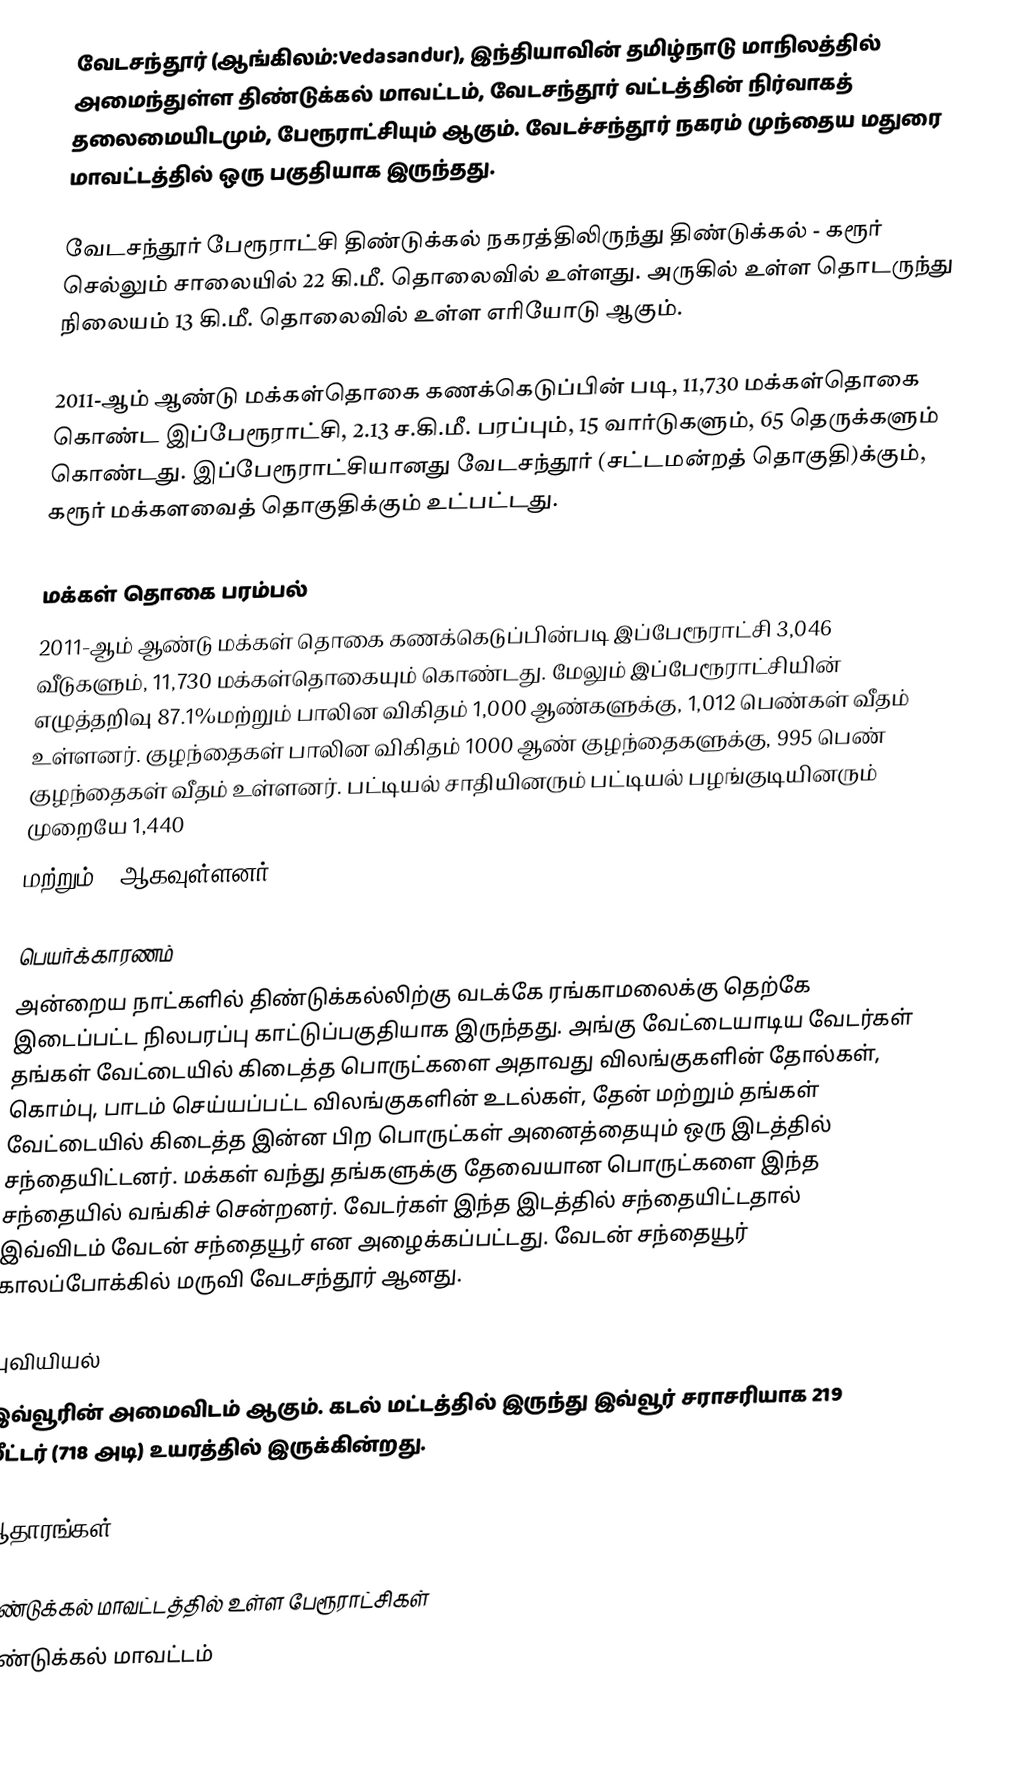
வேடசந்தூர் (ஆங்கிலம்:Vedasandur), இந்தியாவின் தமிழ்நாடு மாநிலத்தில் அமைந்துள்ள திண்டுக்கல் மாவட்டம், வேடசந்தூர் வட்டத்தின் நிர்வாகத் தலைமையிடமும், பேரூராட்சியும் ஆகும். வேடச்சந்தூர் நகரம் முந்தைய மதுரை மாவட்டத்தில் ஒரு பகுதியாக இருந்தது.

வேடசந்தூர் பேரூராட்சி திண்டுக்கல் நகரத்திலிருந்து திண்டுக்கல் - கரூர் செல்லும் சாலையில் 22 கி.மீ. தொலைவில் உள்ளது. அருகில் உள்ள தொடருந்து நிலையம் 13 கி.மீ. தொலைவில் உள்ள எரியோடு ஆகும்.

2011-ஆம் ஆண்டு மக்கள்தொகை கணக்கெடுப்பின் படி,  11,730  மக்கள்தொகை கொண்ட இப்பேரூராட்சி, 2.13 ச.கி.மீ. பரப்பும், 15  வார்டுகளும்,  65 தெருக்களும் கொண்டது.  இப்பேரூராட்சியானது வேடசந்தூர் (சட்டமன்றத் தொகுதி)க்கும், கரூர் மக்களவைத் தொகுதிக்கும் உட்பட்டது.

மக்கள் தொகை பரம்பல்
2011-ஆம் ஆண்டு மக்கள் தொகை கணக்கெடுப்பின்படி   இப்பேரூராட்சி      3,046   வீடுகளும்,     11,730 மக்கள்தொகையும் கொண்டது. மேலும் இப்பேரூராட்சியின் எழுத்தறிவு   87.1%மற்றும் பாலின விகிதம் 1,000 ஆண்களுக்கு, 1,012 பெண்கள் வீதம் உள்ளனர். குழந்தைகள் பாலின விகிதம் 1000 ஆண் குழந்தைகளுக்கு, 995     பெண் குழந்தைகள் வீதம் உள்ளனர்.  பட்டியல் சாதியினரும் பட்டியல் பழங்குடியினரும்  முறையே 1,440
மற்றும் 1 ஆகவுள்ளனர்.

பெயர்க்காரணம்
அன்றைய நாட்களில் திண்டுக்கல்லிற்கு வடக்கே ரங்காமலைக்கு தெற்கே இடைப்பட்ட நிலபரப்பு காட்டுப்பகுதியாக இருந்தது. அங்கு வேட்டையாடிய வேடர்கள் தங்கள் வேட்டையில் கிடைத்த பொருட்களை அதாவது விலங்குகளின் தோல்கள், கொம்பு, பாடம் செய்யப்பட்ட விலங்குகளின் உடல்கள், தேன் மற்றும் தங்கள் வேட்டையில் கிடைத்த இன்ன பிற பொருட்கள் அனைத்தையும் ஒரு இடத்தில் சந்தையிட்டனர். மக்கள் வந்து தங்களுக்கு தேவையான பொருட்களை இந்த சந்தையில் வங்கிச் சென்றனர். வேடர்கள் இந்த இடத்தில் சந்தையிட்டதால் இவ்விடம் வேடன் சந்தையூர் என அழைக்கப்பட்டது. வேடன் சந்தையூர் காலப்போக்கில் மருவி வேடசந்தூர் ஆனது.

புவியியல்
இவ்வூரின் அமைவிடம்  ஆகும். கடல் மட்டத்தில் இருந்து இவ்வூர் சராசரியாக 219 மீட்டர் (718 அடி) உயரத்தில் இருக்கின்றது.

ஆதாரங்கள்

திண்டுக்கல் மாவட்டத்தில் உள்ள பேரூராட்சிகள்
திண்டுக்கல் மாவட்டம்